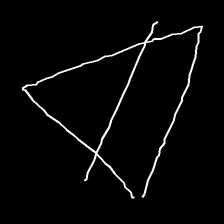
Glyph: empower